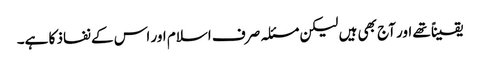
یقیناً تھے اور آج بھی ہیں لیکن مسئلہ صرف اسلام اور اس کے نفاذ کا ہے۔